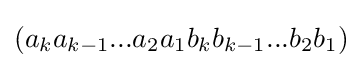
({a_{k}}{a_{k-1}}...{a_{2}}{a_{1}}{b_{k}}{b_{k-1}}...{b_{2}}{b_{1}})